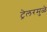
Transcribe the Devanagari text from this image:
ट्रेलरमुळे